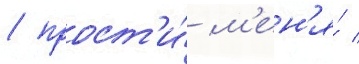
/ прост'и́ м'ен'я́ /